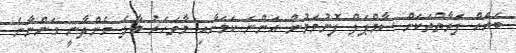
ބައެއް ފަރާތްތަކަށް ސާމްޕަލް ފޮނުވަމުން އަންނަ ކަމަށާއި މާވަހަރު މާލެ ގެންދާނީ ގަންނާނެ